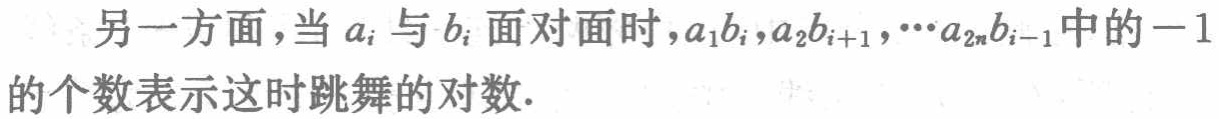
另一方面，当\(a_{i}\)与\(b_{i}\)面对面时，\(a_{1}b_{i},a_{2}b_{i + 1},\cdots a_{2n}b_{i - 1}\)中的\(-1\)的个数表示这时跳舞的对数.